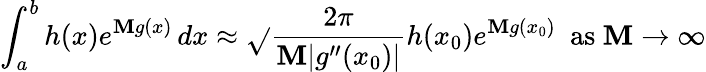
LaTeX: \int_{a}^{b}h(x)e^{\mathbf{M}g(x)}\, dx\approx{\sqrt{}{{\frac{{2\pi}}{{\mathbf{M}|g^{\prime\prime}(x_{0})|}}}}}h(x_{0})e^{\mathbf{M}g(x_{0})}\ {\mathrm{{~as~}}}\mathbf{M}\to\infty